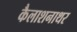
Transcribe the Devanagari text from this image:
कैलाशनाथर